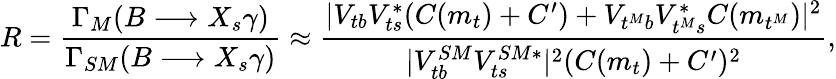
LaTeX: R=\frac{\Gamma_{M}(B\longrightarrow X_{s}\gamma)}{\Gamma_{SM}(B\longrightarrow X_{s}\gamma)}\approx\frac{|V_{tb}V_{ts}^{*}(C(m_{t})+C^{\prime})+V_{t^{M}b}V_{t^{M}s}^{*}C(m_{t^{M}})|^{2}}{|V_{tb}^{SM}V_{ts}^{SM*}|^{2}(C(m_{t})+C^{\prime})^{2}},